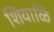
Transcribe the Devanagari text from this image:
शियाळि